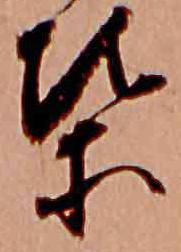
葉